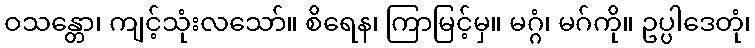
ဝသန္တော၊ ကျင့်သုံးလသော်။ စိရေန၊ ကြာမြင့်မှ။ မဂ္ဂံ၊ မဂ်ကို။ ဥပ္ပါဒေတုံ၊